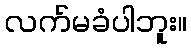
လက်မခံပါဘူး။